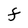
Character: F